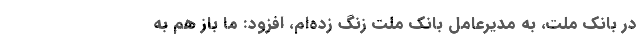
در بانک ملت، به مدیرعامل بانک ملت زنگ زده‌ام، افزود: ما باز هم به